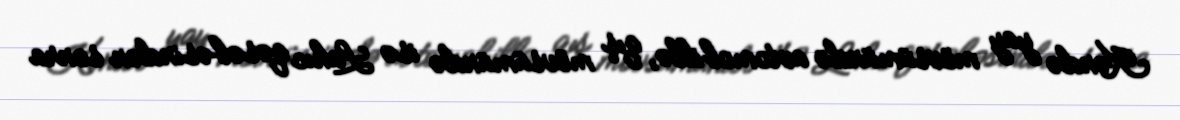
Kəndə yay mövsümündə avtomobillə, qış mövsümündə isə Lahıc qəsəbəsindən sonra